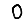
Digit: 0